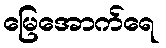
မြေအောက်ရေ